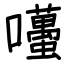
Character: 囆